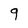
Character: 9